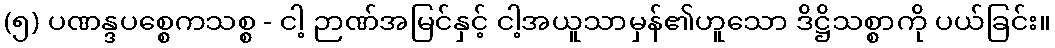
(၅) ပဏန္ဒပစ္စေကသစ္စ - ငါ့ ဉာဏ်အမြင်နှင့် ငါ့အယူသာမှန်၏ဟူသော ဒိဋ္ဌိသစ္စာကို ပယ်ခြင်း။